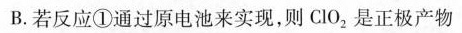
B.若反应①通过原电池来实现，则ClO_{2}是正极产物